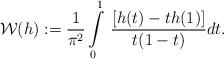
LaTeX: \begin{align*}\mathcal{W}(h) := \frac{1}{\pi^2}\int\limits_{0}^1\,\frac{[h(t)-th(1)]}{t(1-t)} dt.\end{align*}